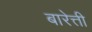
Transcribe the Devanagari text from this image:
बारेत्ती